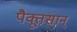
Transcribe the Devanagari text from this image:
पैक्तूसान्